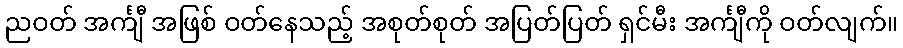
ညဝတ် အင်္ကျီ အဖြစ် ဝတ်နေသည့် အစုတ်စုတ် အပြတ်ပြတ် ရှင်မီး အင်္ကျီကို ဝတ်လျက်။